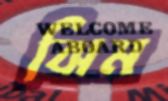
ঝিম